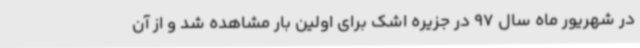
در شهریور ماه سال 97 در جزیره اشک برای اولین بار مشاهده شد و از آن